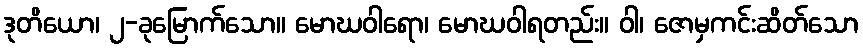
ဒုတိယော၊ ၂-ခုမြောက်သော။ မောဃဝါရော၊ မောဃဝါရတည်း။ ဝါ၊ ဇောမှကင်းဆိတ်သော